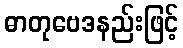
ဓာတုဗေဒနည်းဖြင့်